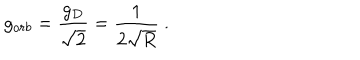
g _ { o r b } = \frac { g _ { D } } { \sqrt { 2 } } = \frac { 1 } { 2 \sqrt { R } } \ .